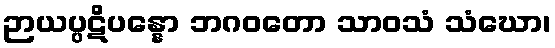
ဉာယပ္ပဋိပန္နော ဘဂဝတော သာဝသံ သံဃော၊